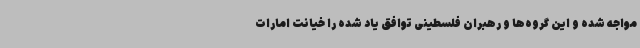
مواجه شده و این گروه‌ها و رهبران فلسطینی توافق یاد شده را خیانت امارات